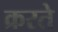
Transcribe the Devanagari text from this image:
क्ररते